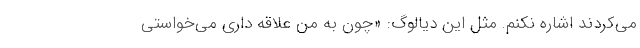
می‌کردند اشاره نکنم. مثل این دیالوگ: «چون به من علاقه داری می‌خواستی